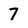
Character: 7